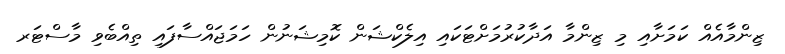
ޒިންމާއެއް ކަމަށާއި މި ޒިންމާ އަދާކުރުމަށްޓަކައި އިލެެކްޝަން ކޮމިޝަނުން ހަމަޖައްސާފައި ތިއްބެވި މާސްޓަރ